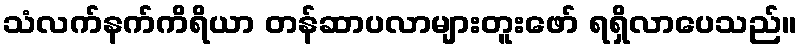
သံလက်နက်ကိရိယာ တန်ဆာပလာများတူးဖော် ရရှိလာပေသည်။